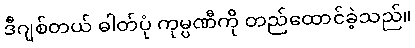
ဒီဂျစ်တယ် ဓါတ်ပုံ ကုမ္ပဏီကို တည်ထောင်ခဲ့သည်။